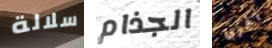
سلالة الجذام أخرى